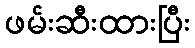
ဖမ်းဆီးထားပြီး